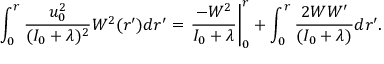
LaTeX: \int _ { 0 } ^ { r } \frac { u _ { 0 } ^ { 2 } } { ( I _ { 0 } + \lambda ) ^ { 2 } } W ^ { 2 } ( r ^ { \prime } ) d r ^ { \prime } = \left. \frac { - W ^ { 2 } } { I _ { 0 } + \lambda } \right| _ { 0 } ^ { r } + \int _ { 0 } ^ { r } \frac { 2 W W ^ { \prime } } { ( I _ { 0 } + \lambda ) } d r ^ { \prime } .